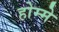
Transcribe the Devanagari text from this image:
होम्मे